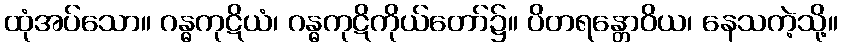
ထုံအပ်သော။ ဂန္ဓကုဋိယံ၊ ဂန္ဓကုဋိကိုယ်တော်၌။ ပိတရန္တောဝိယ၊ နေသကဲ့သို့။